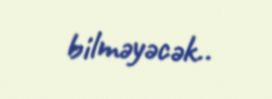
bilməyəcək..